Lunatic asylums in Bengal annual reports 1888-1898 - 1888-1898
Year: 1888
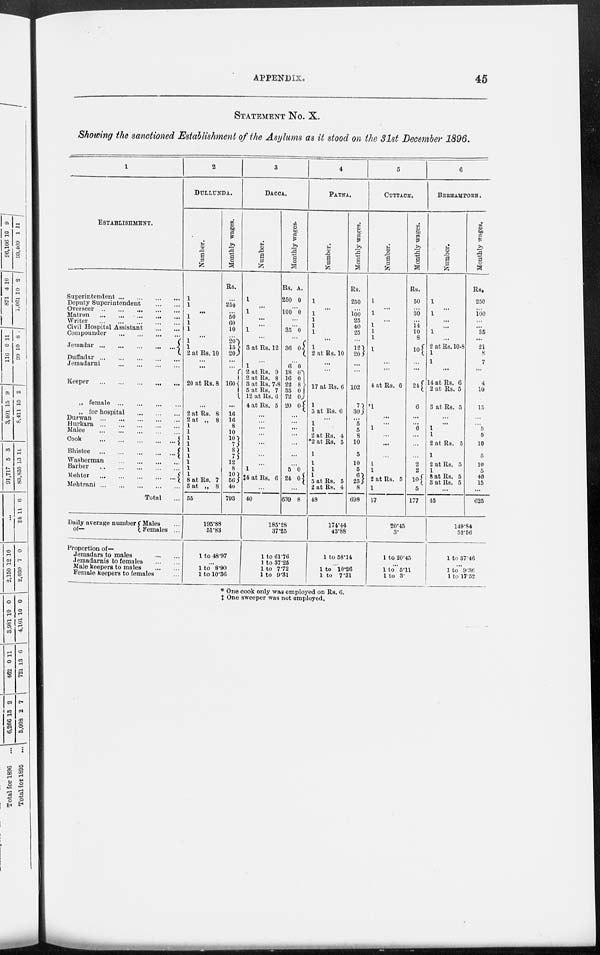
APPENDIX.
45
STATEMENT No. X.
Showing the sanctioned Establishment of the Asylums as it stood on the 31st December 1896.
1
ESTABLISHMENT.
Superintendent
...
...
...
...
Deputy Superintendent
...
...
Overseer
...
...
...
...
...
Matron
...
...
...
...
...
Writer ... ... ... ... ...
Civil Hospital Assistant
...
...
Compounder
...
...
...
...
Jemadar
...
...
...
...
...
Duffadar
...
...
...
...
...
Jemadarni
...
...
...
...
Keepper
...
...
...
...
...
„ female
...
...
...
...
„ for hospital
Durwan ... ... ... ... ...
Hurkara
...
...
...
...
...
Malee
...
...
...
...
...
Cook
...
...
...
...
...
Bhistee
...
...
...
...
...
Washerman
...
...
...
...
Barber
...
...
...
...
...
Mehter
...
...
...
...
...
Mehtrani
...
...
...
...
...
Total ...
Daily average number
of—
Males ...
Females ...
Proportion of—
Jemadars to males ... ...
Jemadarnis to females
...
...
Male keepers to males
...
...
Female keepers to females ...
2
DULLUNDA.
Number.
1
1
...
1
1
1
...
1
1
2 at Rs. 10
...
...
20 at Rs. 8
...
2 at Rs. 8
2 at „ 8
1
1
1
1
1
1
1
1
1
8 at Rs. 7
5 at „ 8
55
Monthly wages.
Rs.
...
250
...
50
60
10
...
20
15
20
...
...
160
...
16
16
8
10
10 7
8 7
12
8
10
56
40
793
195.88
51.83
1 to 48.97
...
1 to 8.90
1 to 10.36
3
DACCA.
Number.
1
...
1
...
...
1
...
3 at Rs. 12
...
1
2 at Rs. 9
2 at Rs. 8
8 at Rs. 7-8
5 at Rs. 7
12 at Rs. 6
4 at Rs. 5
...
...
...
...
...
...
...
1
‡ 4 at Rs. 6
...
40
Monthly wage3r
Rs.
250
A.
0
...
100 0
...
...
35 0
...
36
...
6
18
16
22
35
72
20
0
...
0
0 0
8
0
0
0
...
...
...
...
...
...
...
5
24
0
0
...
639 8
185.28
37.25
1 to 61.76
1 to 37.25
1 to 7.72
1 to 9.31
4
PATNA.
Number.
1
...
1
1
1
1
...
1
2 at Rs. 10
...
...
17 at Rs. 6
1
5 at Rs. 6
...
1
1
2 at Rs. 4
*2 at Rs. 5
1
1
1
1
5 at Rs. 5
2 at Rs. 4
48
Monthly wages.
Rs.
250
250
100
25
40
25
...
12
20
...
...
102
7
30
...
5
5
5
10
5
10
5
6
25
8
698
174.44
43.8
1 to 58.14
...
1 to 10.26
1 to 7.31
5
CUTTACK.
Number.
1
...
1
...
1
1
1
1
...
...
4 at Rs. 6
*1
...
...
1
...
...
...
1
1
2 at Rs. 5
1
17
Monthly wages.
Rs.
50
...
30
...
14
10
8
10
...
...
24
6
...
...
6
...
...
...
2
2
10
5
177
20.45
3.
1 to 20.45
...
1 to 5.11
1 to 3.
6
BERHAMPORE.
Number.
1
...
1
...
...
1
...
2 at Rs. 10-8
1
1
...
14 at Rs. 6
2 at Rs. 5
3 at Rs. 5
...
...
1
1
2 at Rs. 5
1
2 at Rs. 5
1
8 at Rs. 5
3 at Rs. 5
...
45
Monthly wages.
Rs.
250
...
100
...
...
35
...
21
8
7
...
4
10
15
...
...
5
5
10
5
10
5
40
15
...
625
149.84
52.56
1 to 37.46
...
1 to 9.36
1 to 17.52
* One cook only was employed on Rs. 6.
‡ One sweeper was not employed.